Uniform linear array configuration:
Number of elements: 12
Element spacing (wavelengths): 0.25
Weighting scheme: blackman
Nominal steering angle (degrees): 45
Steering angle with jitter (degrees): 44.913
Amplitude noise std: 0.05
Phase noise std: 0.05

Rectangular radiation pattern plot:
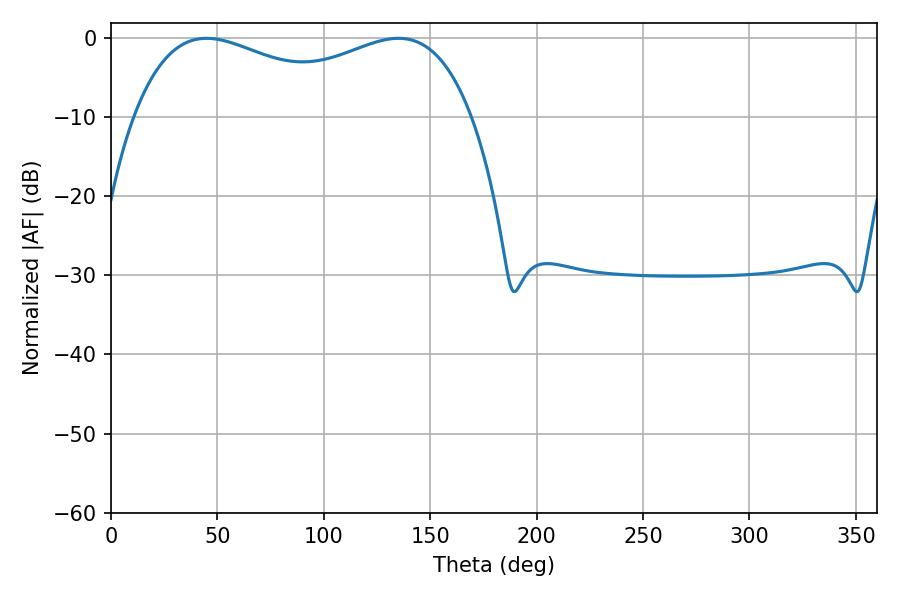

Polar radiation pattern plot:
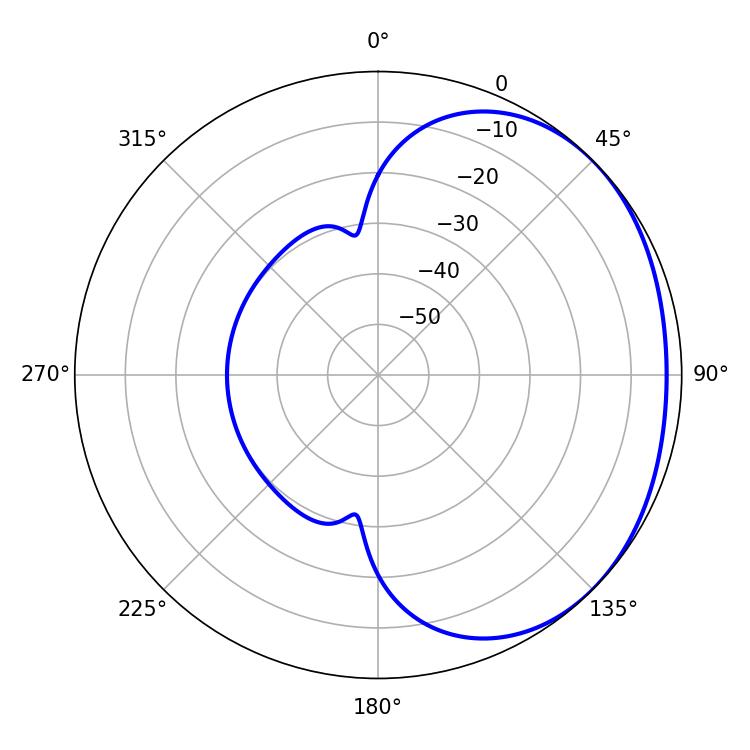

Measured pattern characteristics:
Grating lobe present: FALSE
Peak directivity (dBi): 1.606
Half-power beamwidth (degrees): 131.4
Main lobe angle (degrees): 44.82